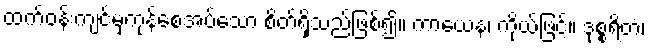
ထက်ဝန်းကျင်မှကုန်စေအပ်သော စိတ်ရှိသည်ဖြစ်၍။ ကာယေန၊ ကိုယ်ဖြင့်။ ဒုစ္စရိတံ၊